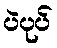
ပဲပုပ်